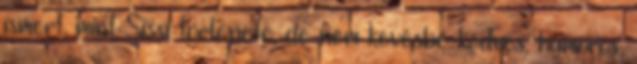
ismert, mint Sissi története, de nem kevésbé kedves, humoros,